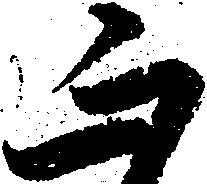
正